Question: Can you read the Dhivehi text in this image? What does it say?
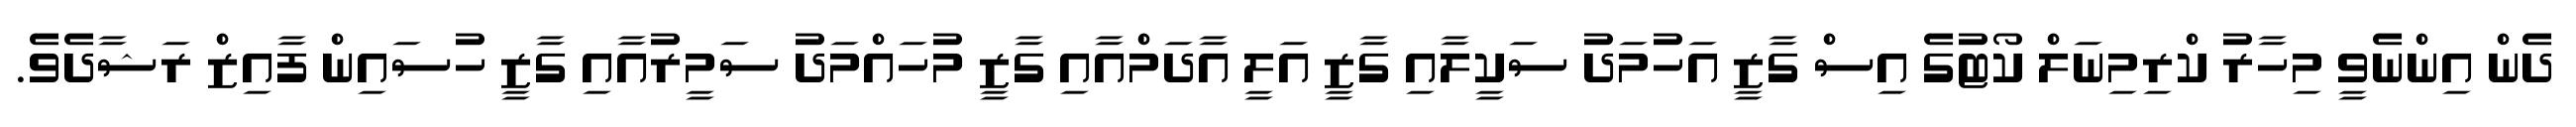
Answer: ދެން އިންނެވީ މިހާރު ކްރިމިނަލް ކޯޓުގެ އިސް ގާޒީ އަހުމަދު ސަކީލާއި ގާޒީ އަލީ އާދަމްއާއި ގާޒީ މުހައްމަދު ސަމީރުއާއި ގާޒީ ހުސައިން ފާއިޒް ރަޝާދެވެ.